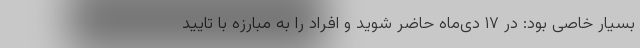
بسیار خاصی بود: در ۱۷ دی‌ماه حاضر شوید و افراد را به مبارزه با تایید